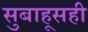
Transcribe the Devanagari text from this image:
सुबाहूसही